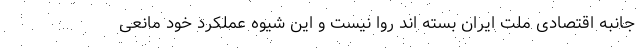
جانبه اقتصادی ملت ایران بسته اند روا نیست و این شیوه عملکرد خود مانعی